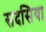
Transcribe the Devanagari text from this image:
सदसिया